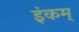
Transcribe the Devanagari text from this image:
इंकम्